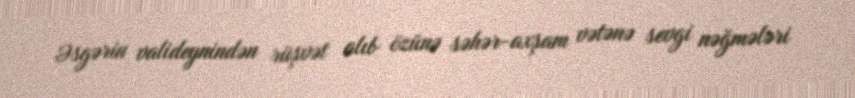
Əsgərin valideynindən rüşvət alıb özünə səhər-axşam vətənə sevgi nəğmələri